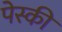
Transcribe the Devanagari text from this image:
पेस्की